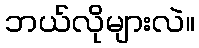
ဘယ်လိုများလဲ။